Indian journal of veterinary science and animal husbandry - Volume 9,
Year: 1939
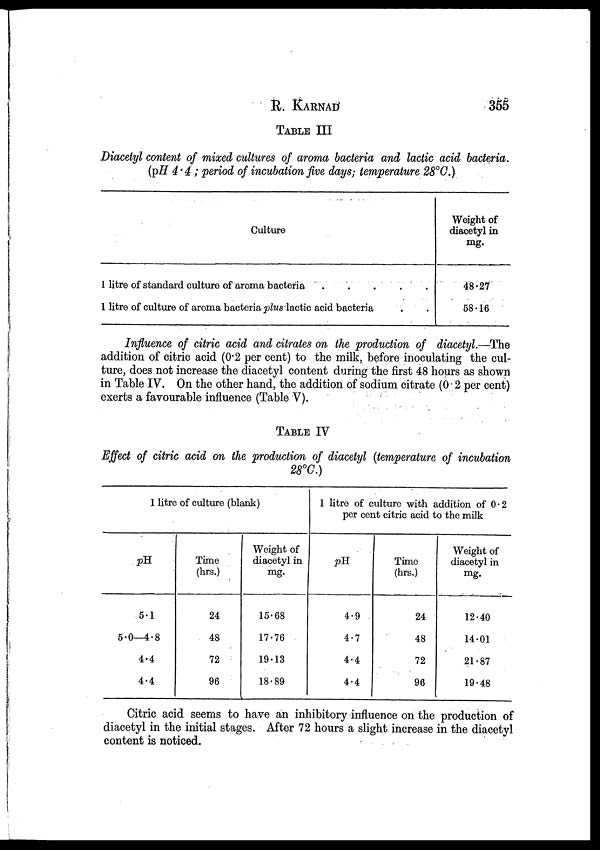
R.
KARNAD
355
TABLE III
Diacetyl content of mixed cultures of aroma bacteria and lactic acid bacteria.
(pH 4.4 ; period of incubation five days; temperature 28° C.)
Culture
1 litre of standard culture of aroma bacteria
.
.
.
.
.
1 litre of culture of aroma bacteria plus lactic acid bacteria . .
Weight of
diacetyl in
mg.
48.27
58.16
Influence of citric acid and citrates on the production of diacetyl.—The
addition of citric acid (0.2 per cent) to the milk, before inoculating the cul-
ture, does not increase the diacetyl content during the first 48 hours as shown
in Table IV. On the other hand, the addition of sodium citrate (0 2 per cent)
exerts a favourable influence (Table V).
TABLE IV
Effect of citric acid on the production of diacetyl (temperature of incubation
28°C.)
1 litre of culture (blank)
pH
5.1
5.0—4.8
4.4
4.4
Time
(hrs.)
24
48
72
96
Weight of
diacetyl in
mg.
15.68
17.76
19.13
18.89
1 litre of culture with addition of 0.2
per cent citric acid to the milk
pH
4.9
4.7
4.4
4.4
Time
(hrs.)
24
48
72
96
Weight of
diacetyl in
mg.
12.40
14.01
21.87
19.48
Citric acid seems to have an inhibitory influence on the production of
diacetyl in the initial stages. After 72 hours a slight increase in the diacetyl
content is noticed.